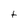
Character: t